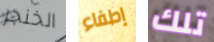
الخنجر إطفاء تلك